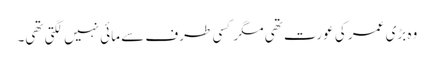
وہ بڑی عمر کی عورت تھی مگر کسی طرف سے مائی نہیں لگتی تھی۔